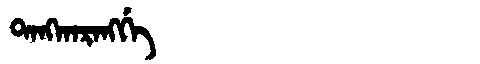
Manchu: ᡨᠠᠩᡴᠠᡵᠠᠩᡤᡝ
Romanization: TANGKARANGGE